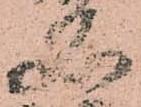
名